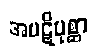
အပဋိပုစ္ဆာ